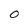
Character: 0